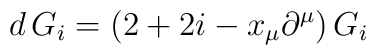
d\,G_i = \left(2 + 2i - x_\mu \partial^\mu\right)G_i